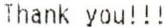
THANK YOU!!!